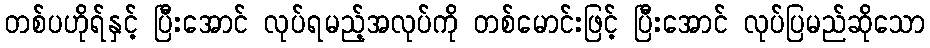
တစ်ပဟိုရ်နှင့် ပြီးအောင် လုပ်ရမည့်အလုပ်ကို တစ်မောင်းဖြင့် ပြီးအောင် လုပ်ပြမည်ဆိုသော